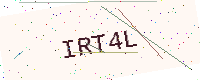
Text: IRT4L